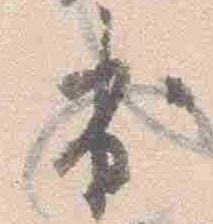
出